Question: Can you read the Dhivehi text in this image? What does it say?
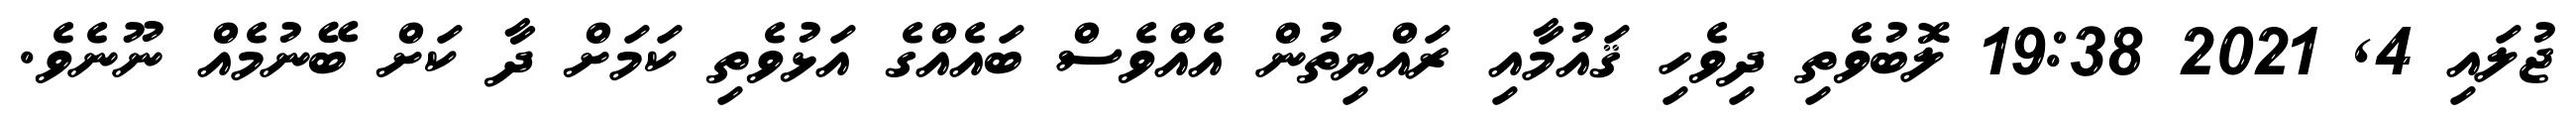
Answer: ޖުލައި 4, 2021 19:38 ލޮބުވެތި ދިވެހި ޤައުމާއި ރައްޔިތުން އެއްވެސް ބައެއްގެ އަޅުވެތި ކަމަށް ދާ ކަށް ބޭނުމެއް ނޫނެވެ.